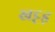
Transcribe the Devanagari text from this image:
खट्टड़